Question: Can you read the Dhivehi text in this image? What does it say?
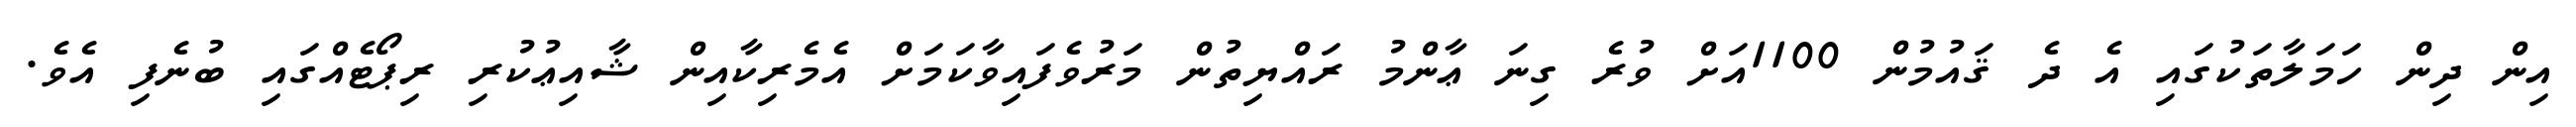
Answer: އިން ދިން ހަމަލާތަކުގައި އެ ދެ ޤައުމުން 1100އަށް ވުރެ ގިނަ ޢާންމު ރައްޔިތުން މަރުވެފައިވާކަމަށް އެމެރިކާއިން ޝާއިޢުކުރި ރިޕޯޓެއްގައި ބުނެފި އެވެ.